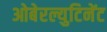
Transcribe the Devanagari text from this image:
ओबेरल्युटिनेंट